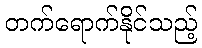
တက်ရောက်နိုင်သည့်